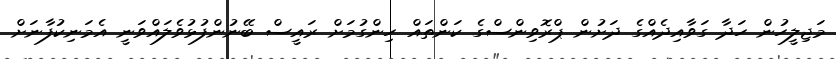
މަޖިލީހުން ހަދާ ގަވާއިދެއްގެ ދަށުން ޕްރޮވިންސްގެ ކަންތައް ހިންގުމަށް ރައީސް ބޭނުންފުޅުވެލައްވަނީ އެމަނިކުފާނަށް